Lunatic asylums Central Provinces reports 1895-1909 - 1895-1909
Year: 1895
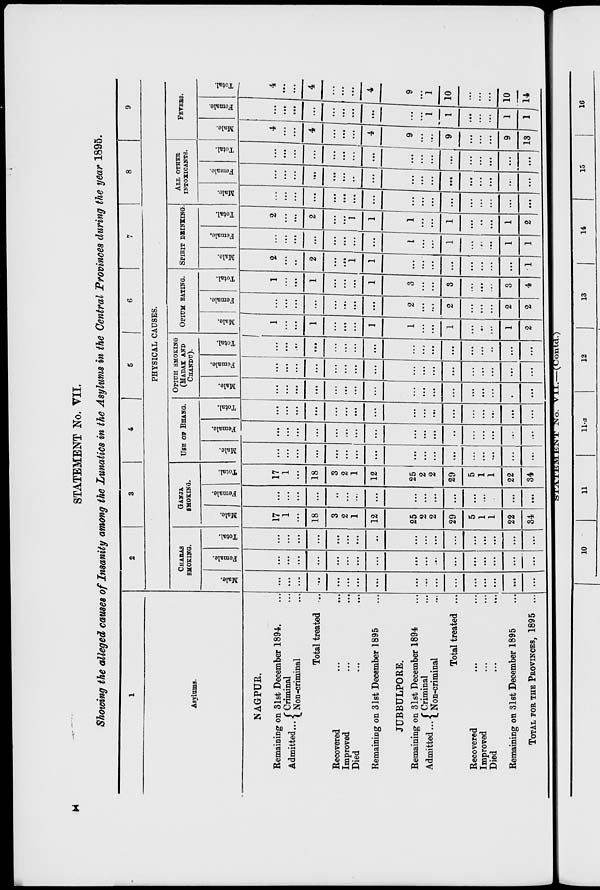
x
STATEMENT No. VII.
Showing the alleged causes of Insanity among the Lunatics in the Asylums in the Central Provinces during the year 1895.
1
Asylums.
NAGPUR.
Remaining on 31st December 1894. ...
Admitted... Criminal ...
Non-criminal ...
Total treated ...
Recovered ... ...
Improved ... ...
Died ... ...
Remaining on 31st December 1895 ...
JUBBULPORE.
Remaining on 31st December 1894 ...
Admitted... Criminal ...
Non-criminal ...
Total treated ...
Recovered ... ...
Improved ... ...
Died ... ...
Remaining on 31st December 1895 ...
TOTAL FOR THE PROVINCES, 1895 ...
2
3
4
5
6
7
8
9
PHYSICAL CAUSES.
CHARAS
SMOKING.
Male.
...
...
...
...
...
...
...
...
...
...
...
...
...
...
...
...
...
Female.
...
...
...
...
...
...
...
...
...
...
...
...
...
...
...
...
...
Total.
...
...
...
...
...
...
...
...
...
...
...
...
...
...
...
...
...
GANJA
SMOKING.
Male.
17
1
...
18
3
2
1
12
25
2
2
29
5
1
1
22
34
Female.
...
...
...
...
...
...
...
...
...
...
...
...
...
...
...
...
...
Total.
17
1
...
18
3
2
1
12
25
2
2
29
5
1
1
22
34
Use op Bhang.
Male.
...
...
...
...
...
...
...
...
...
...
...
...
...
...
...
...
...
Female.
...
...
...
...
...
...
...
...
...
...
...
..
...
...
...
...
....
Total.
...
...
...
...
...
....
...
...
...
...
...
...
...
...
...
...
...
OPIUM SMOKING
(MADAZ AND
CHANDU).
Male.
...
...
...
...
...
...
...
...
...
....
...
...
...
...
...
...
...
Female.
...
...
...
...
...
...
....
...
...
...
...
...
...
...
...
...
...
Total.
...
...
...
...
...
...
...
...
...
...
...
...
...
...
...
...
...
OPIUM EATING.
Male.
1
...
...
1
...
...
...
1
1
...
...
1
...
...
...
1
2
Female.
...
...
...
...
...
...
...
...
2
...
...
2
...
...
....
2
2
Total.
1
...
...
1
...
...
...
1
3
...
...
3
...
...
...
3
4
SPIRIT DRINKING
Male.
2
...
...
2
...
...
1
1
...
...
...
...
...
...
...
...
1
Female.
...
...
...
...
...
...
...
...
1
...
...
1
...
...
...
1
1
Total.
2
...
...
2
...
...
1
1
1
...
...
1
...
...
...
1
2
ALL OTHER
INTOXICANTS.
Male.
...
...
...
...
...
...
...
...
...
...
...
...
...
...
...
...
...
Female.
...
...
...
...
...
...
...
...
...
...
...
...
...
...
...
...
...
Total
...
...
...
...
...
...
...
...
...
...
...
...
...
...
...
...
...
FEVERS.
Male.
4
...
...
4
...
...
...
4
9
...
...
9
...
...
...
9
13
Female.
...
...
...
...
...
...
...
...
...
...
1
1
...
...
...
1
1
Total.
4
...
...
4
...
...
...
4
9
...
1
10
...
...
...
10
14